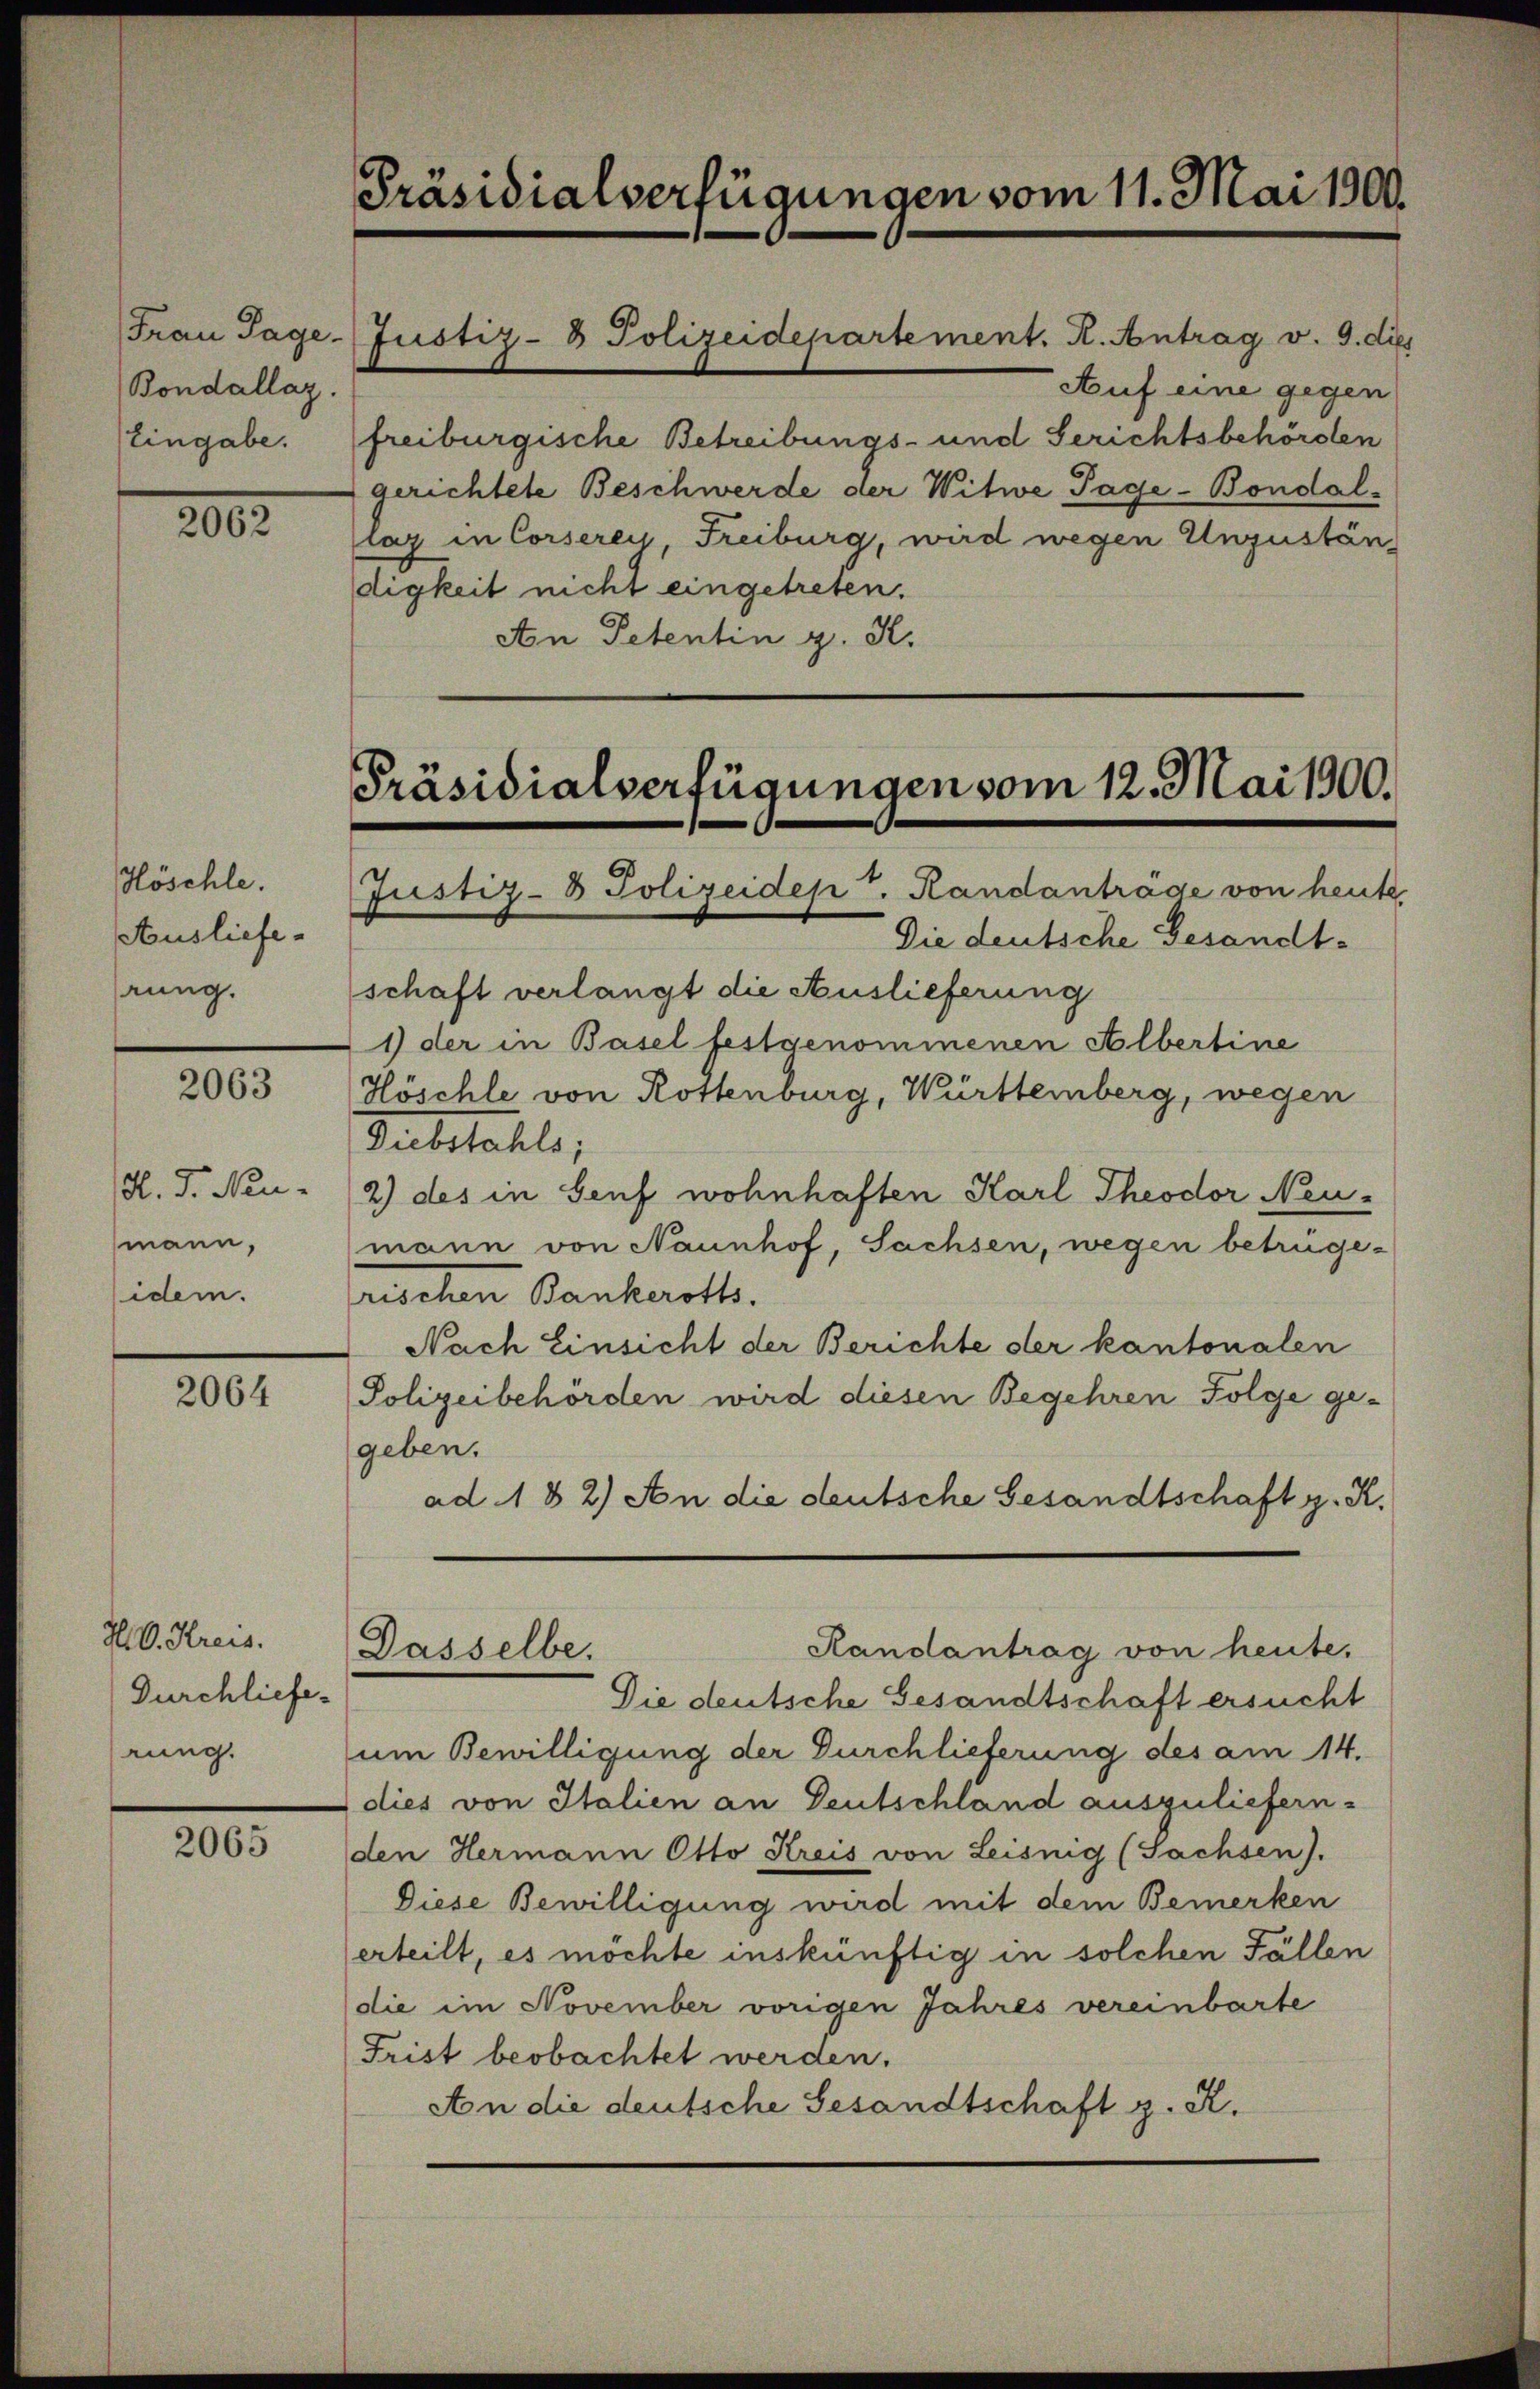
Frau Tage.
Bondallag.
Eingabe.

2062

Höschle.
Ausliefe.
rung.

2063

H. d. Neu-
mann,
idem.

2064

HO. Kreis.
Durchlieferung.

2065

Präsidialverfügungen vom 11. Mai 1900.

freiburgische Betreibungs- und Gerichtsbehörden
gerichtete Beschwerde der Witwe Page-Bondal-
lag in Corserey, Freiburg, wird wegen Unzuständigkeit nicht eingetreten.
An Petentin g. K.

Justiz- & Polizeidepartement. K. Antrag v. 9. dies

Präsidialverfügungen vom 12. Mai 1900.
Justiz- & Polizeidep. Randanträge von heute

Auf eine gegen

Die deutsche Gesandtschaft verlangt die Auslieferung
1) der in Basel festgenommenen Albertine
Höschle von Rottenburg, Württemberg, wegen
Diebstahls;
2) des in Genf wohnhaften Karl Theodor Neumann von Naunhof, Sachsen, wegen betruge-
mchen Bankrott.
Nach Einsicht der Berichte der kantonalen
Polizeibehörden wird diesen Begehren Folge ge-
geben.
ad 182) An die deutsche Gesandtschaft z. K.
Randantrag von heute.
Dasselbe.
Die deutsche Gesandtschaft ersucht
um Bewilligung der Durchlieferung des am 14.
dies von Italien an Deutschland auszuliefern.
den Hermann Otto Kreis von Leisnig (Sachsen).
Diese Bewilligung wird mit dem Bemerken
erteilt, es möchte inskünftig in solchen Fällen
die im November vorigen Jahres vereinbarte
Frist beobachtet werden.
An die deutsche Gesandtschaft z. R.